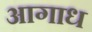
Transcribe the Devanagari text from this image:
आगाध